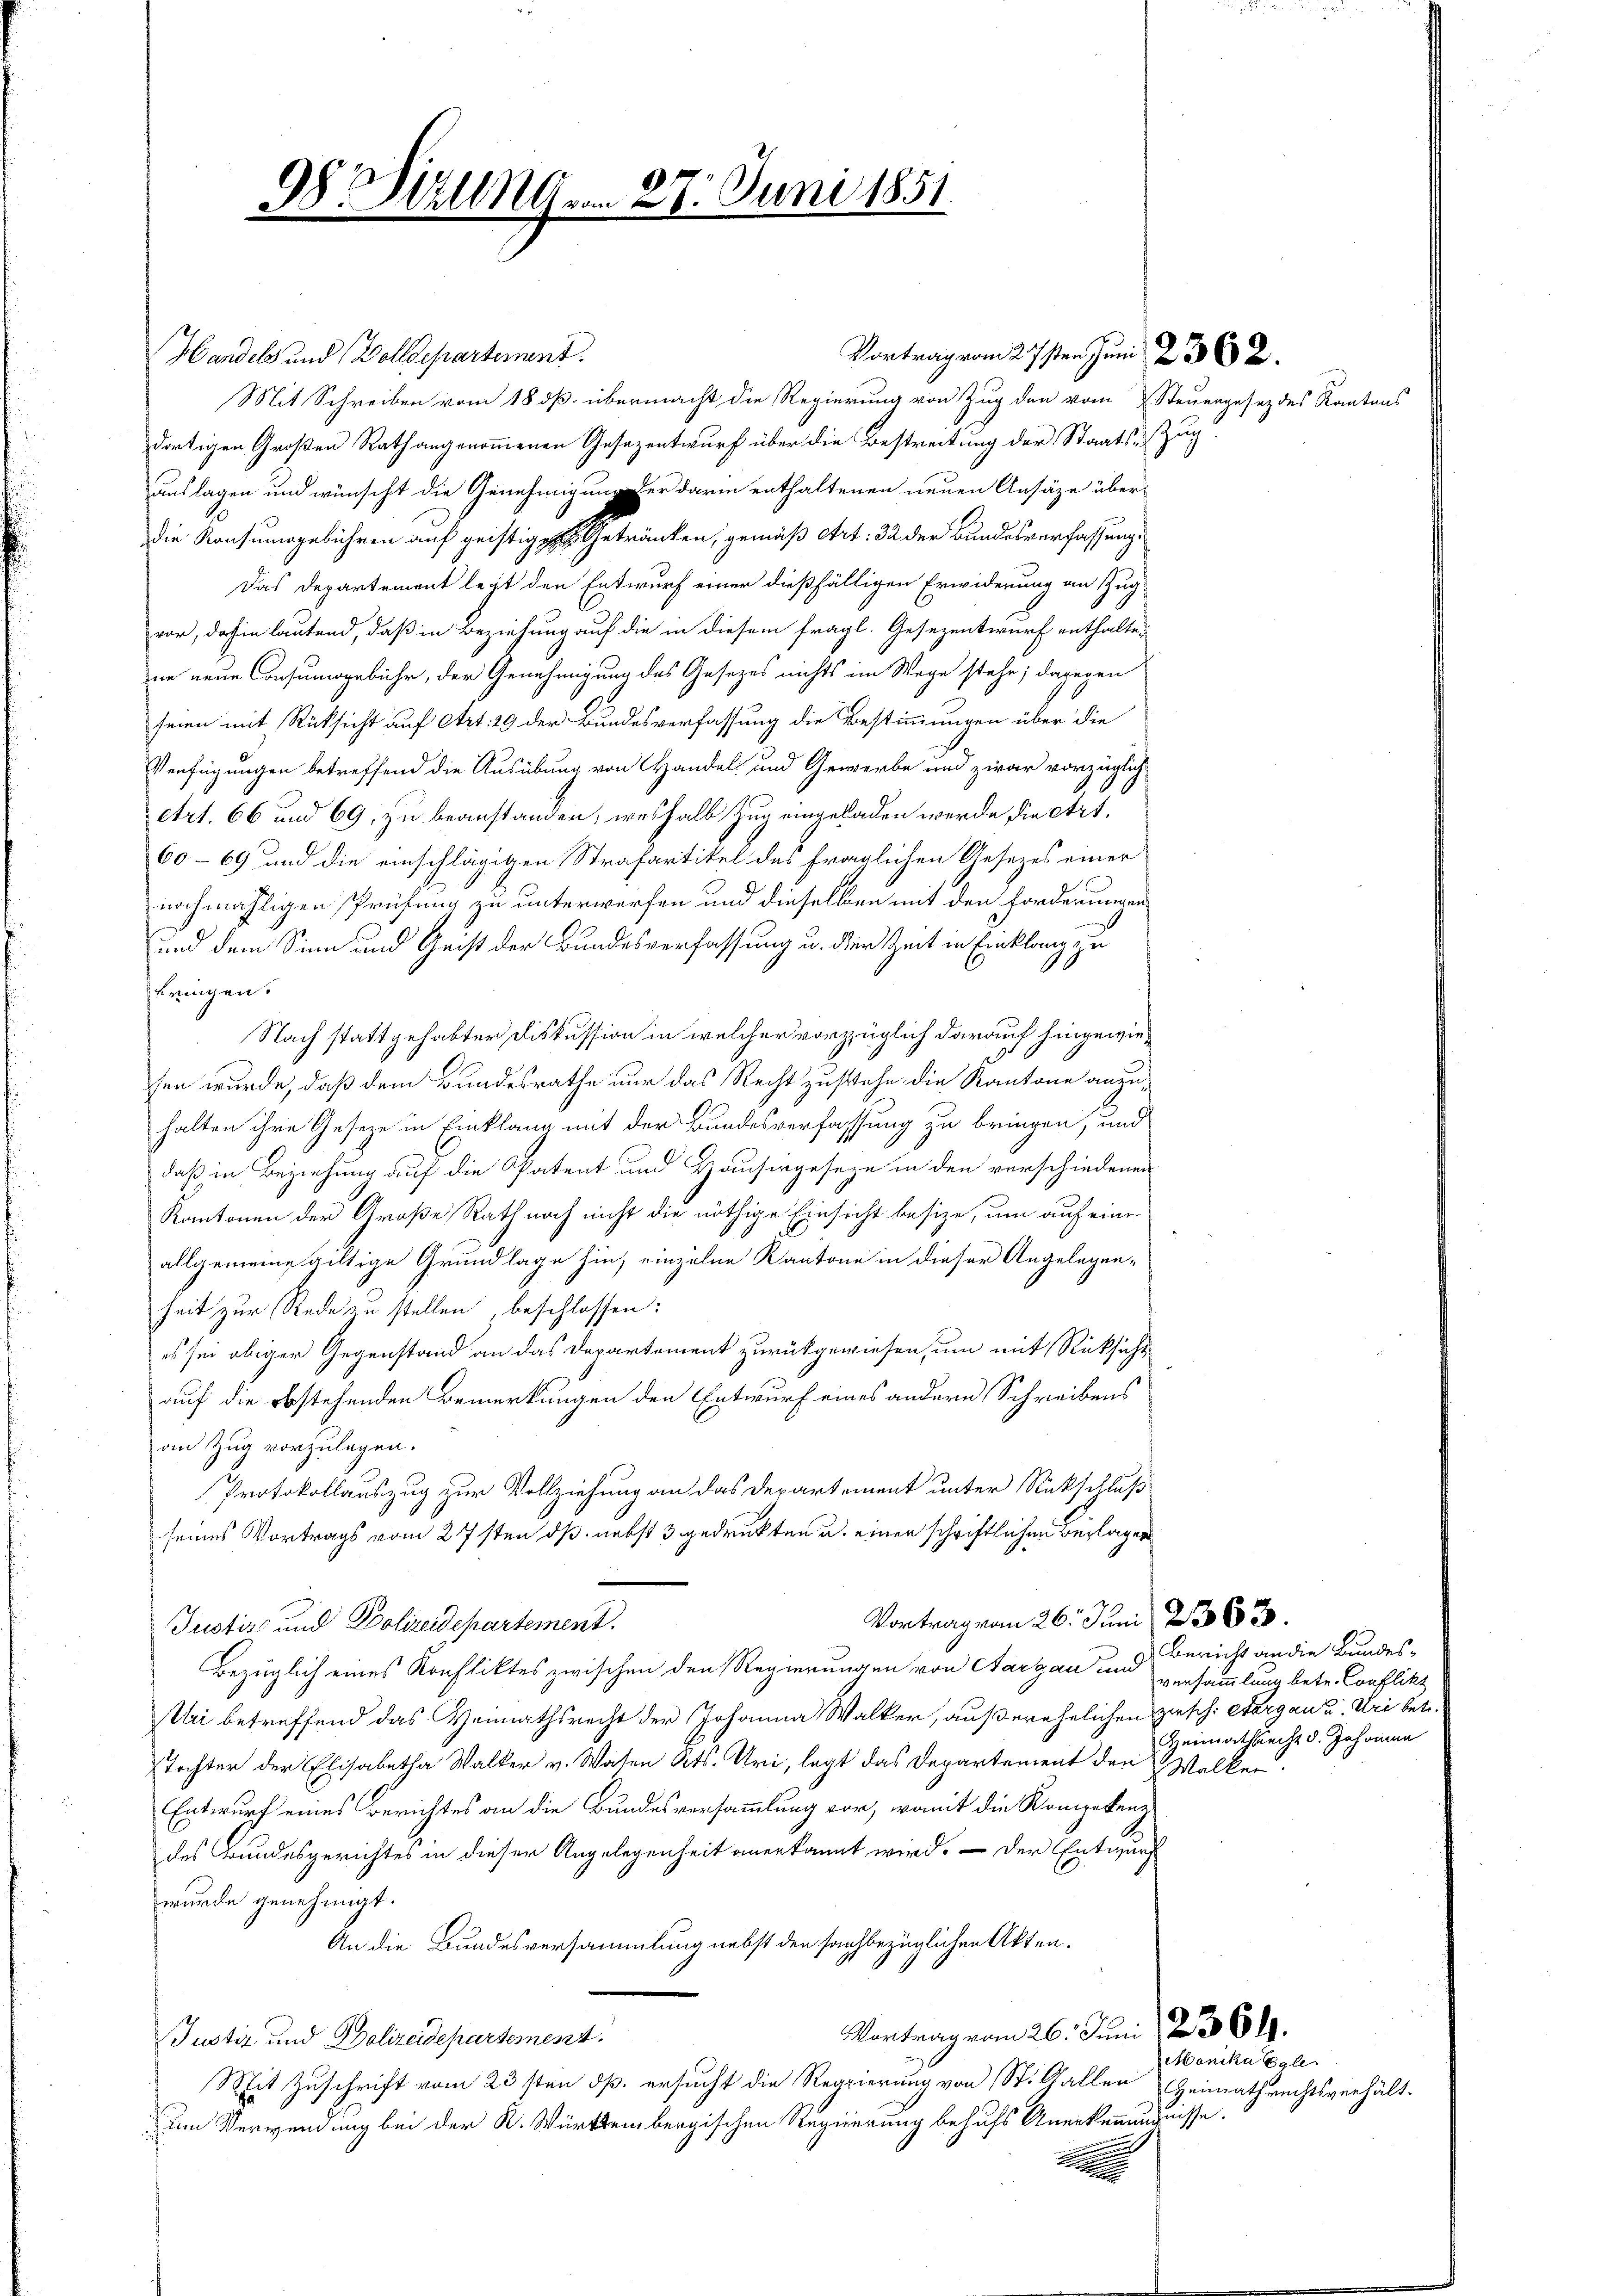
98. izungen 27. Juni 1851.
d

Handels und Wolldepartement
Mit Schreiben vom 18 dß. übermacht die Regierung von Zug den vom Steuergesetz des Kantons
dortigen Großen Rath angenommenen Gesezentwurf über die Bestreitung der Staats-Zug.
auslagen und wünscht die Genehmigung er darin enthaltenen neuen Ansätze über-
die Konsumsgebühren auf geistige Getränken, gemäß Art: 32 der Bundesverfassung
Das Departement legt den Entwurf einer dießfälligen Erwiderung an Zugvor, dahin lautend, daß in Beziehung auf die in diesem fragl. Gesezentwurf enthalteue neue Consumsgebühr, der Genehmigung des Gesetzes nichts im Wege stehe; dagegen
seien mit Rücksicht auf Art. 29 der Bundesverfassung die Bestimmungen über die
Verfügungen betreffend die Ausübung von Handel und Gewerbe und zwar vorzüglichetrt. 66 und 69, zu beanstanden, weshalb Zug eingeladen werde, die Art.
60-69 und die einschlägigen Strafartikel des fraglichen Gesezes einer
nochmahligen sprüfung zu unterwerfen und dieselben mit den Forderungen
und dem Sinn und Geist der Bundesverfassung u. der Zeit in Einklang zu
bringen.
Nach stattgehabter Diskussion in welcher vorzüglich darauf hingewiesen wurde, daß dem Bundesrathe nur das Recht zustehe die Kantone anzuhalten ihre Gesetze in Einklang mit der Bundesverfassung zu bringen, und
daß in Beziehung auf die Patent und Hausergeseze in den verschiedenen
Kantonen der Große Rath noch nicht die nöthige Einsicht besize, um auf eine
allgemeine giltige Grundlage hin, einzelne Kantone in dieser Angelegenheit zur Rede zu stellen, beschlossen:
es sei obiger Gegenstand an das Departement zurückgewiesen, um mit Rüksicht
auf die obstehenden Bemerkungen den Entwurf eines andern Schreibens
an Zug vorzulagen.
Protokollauszug zur Vollziehung an das Departement unter Rückschluß
seines Vortrags vom 27sten dß nebst 3 gedruckten u. einer schriftlichen Beilagen
.
Vortrag vom 26. Juni 2363.
Justiz und Polizeidepartement.
Bezüglich eines Konfliktes zwischen den Regierungen von Aargau und versammlung betr. Conflikt
Uni betreffend das Heimathsrecht der Johanna Walker, außerehelichen Zusch. Aargau u. Uri betr.
Tochter der Elisabetha Walker v. Waten Kts. Uri, legt das Departement den Walker
Entwurf eines Berichtes an die Bundesversammlung vor, womit die Kompetene
des Bundesgerichtes in dieser Angelegenheit anerkannt wird. — Der Entwurf
wurde genehmigt.
An die Bundesversammlung nebst den sachbezüglichen Akten.
Vortrag vom 26. Juni 1839.
Justiz und Polizeidepartemest
Mit Zuschrift vom 23sten dß. ersucht die Regierung von St. Gallen Heimathrechtsverhält-
um Verwendung bei der K. Württembergischen Regierung behufs Anerkennungnisse.
2

Vortrag vom 27sten Juni 2362.

Bericht an die Bundes¬
Heimathrecht v. Johanne

Monika Egli